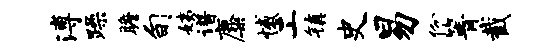
溥躁瞻旬姨谱麋憾工镇史易份箐截